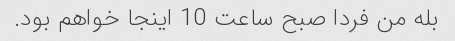
بله من فردا صبح ساعت 10 اینجا خواهم بود.